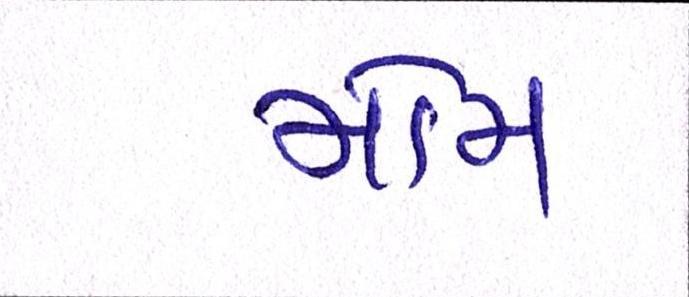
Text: મોમ